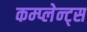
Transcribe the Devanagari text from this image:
कम्प्लेन्ट्स